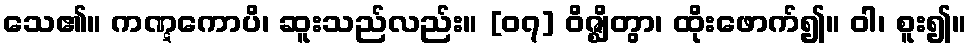
သေ၏။ ကဏ္ဋကောပိ၊ ဆူးသည်လည်း။ [၀၇] ဝိဇ္ဈိတွာ၊ ထိုးဖောက်၍။ ဝါ၊ စူး၍။